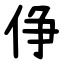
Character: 鿇